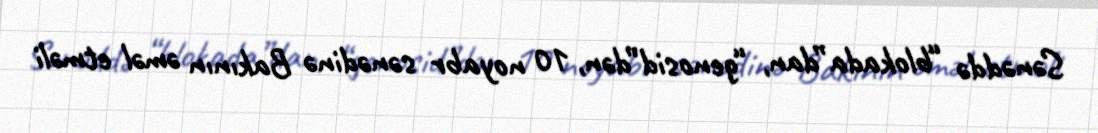
Sənəddə “blokada”dan, “genosid”dən, 10 noyabr sənədinə Bakının əməl etməli